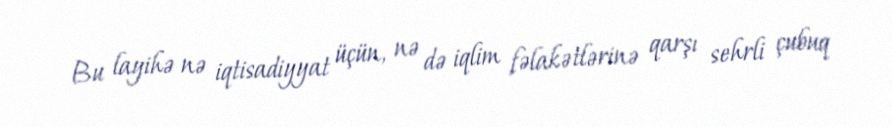
Bu layihə nə iqtisadiyyat üçün, nə də iqlim fəlakətlərinə qarşı sehrli çubuq